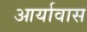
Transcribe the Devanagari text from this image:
आर्यावास